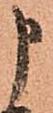
申